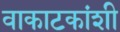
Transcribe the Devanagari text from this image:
वाकाटकांशी